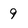
Character: 9